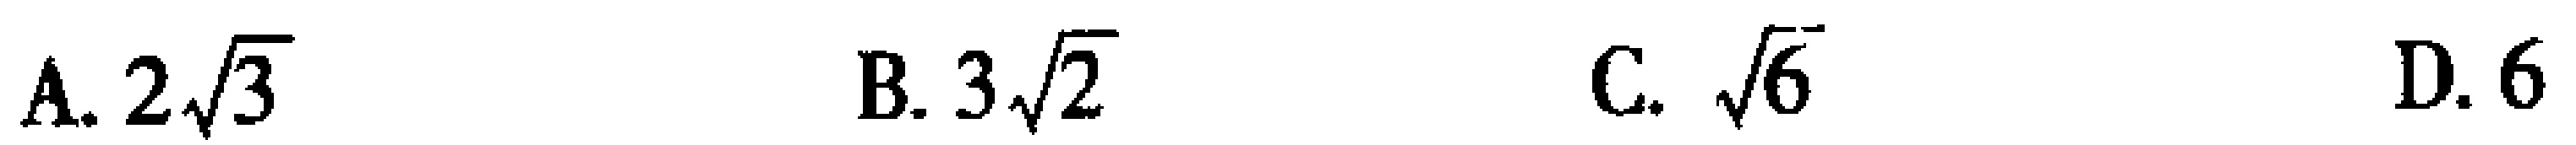
A. \(2\sqrt{3}\)  B. \(3\sqrt{2}\)  C. \(\sqrt{6}\)  D. \(6\)